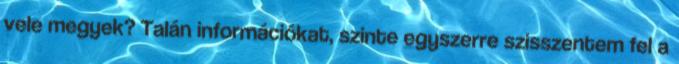
vele megyek? Talán információkat, szinte egyszerre szisszentem fel a